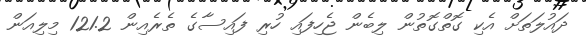
ދައުލަތަށް އެކި ގޮތްގޮތުން ލިބެން ޖެހިފައި ހުރި ފައިސާގެ ތެރެއިން 121.2 މިލިއަން